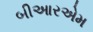
બીઆરએમ